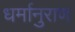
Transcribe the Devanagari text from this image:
धर्मानुराण